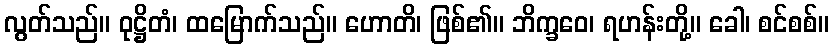
လွတ်သည်။ ဝုဋ္ဌိတံ၊ ထမြောက်သည်။ ဟောတိ၊ ဖြစ်၏။ ဘိက္ခဝေ၊ ရဟန်းတို့။ ခေါ၊ စင်စစ်။